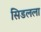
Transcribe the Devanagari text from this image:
सिडलला